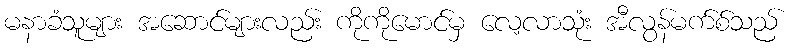
မနာခံသူများ အဆောင်များလည်း ကိုကိုမောင်မှ လေ့လာသုံး အီလွန်မက်စ်သည်